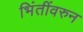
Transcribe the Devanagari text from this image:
भिंतींवरुन